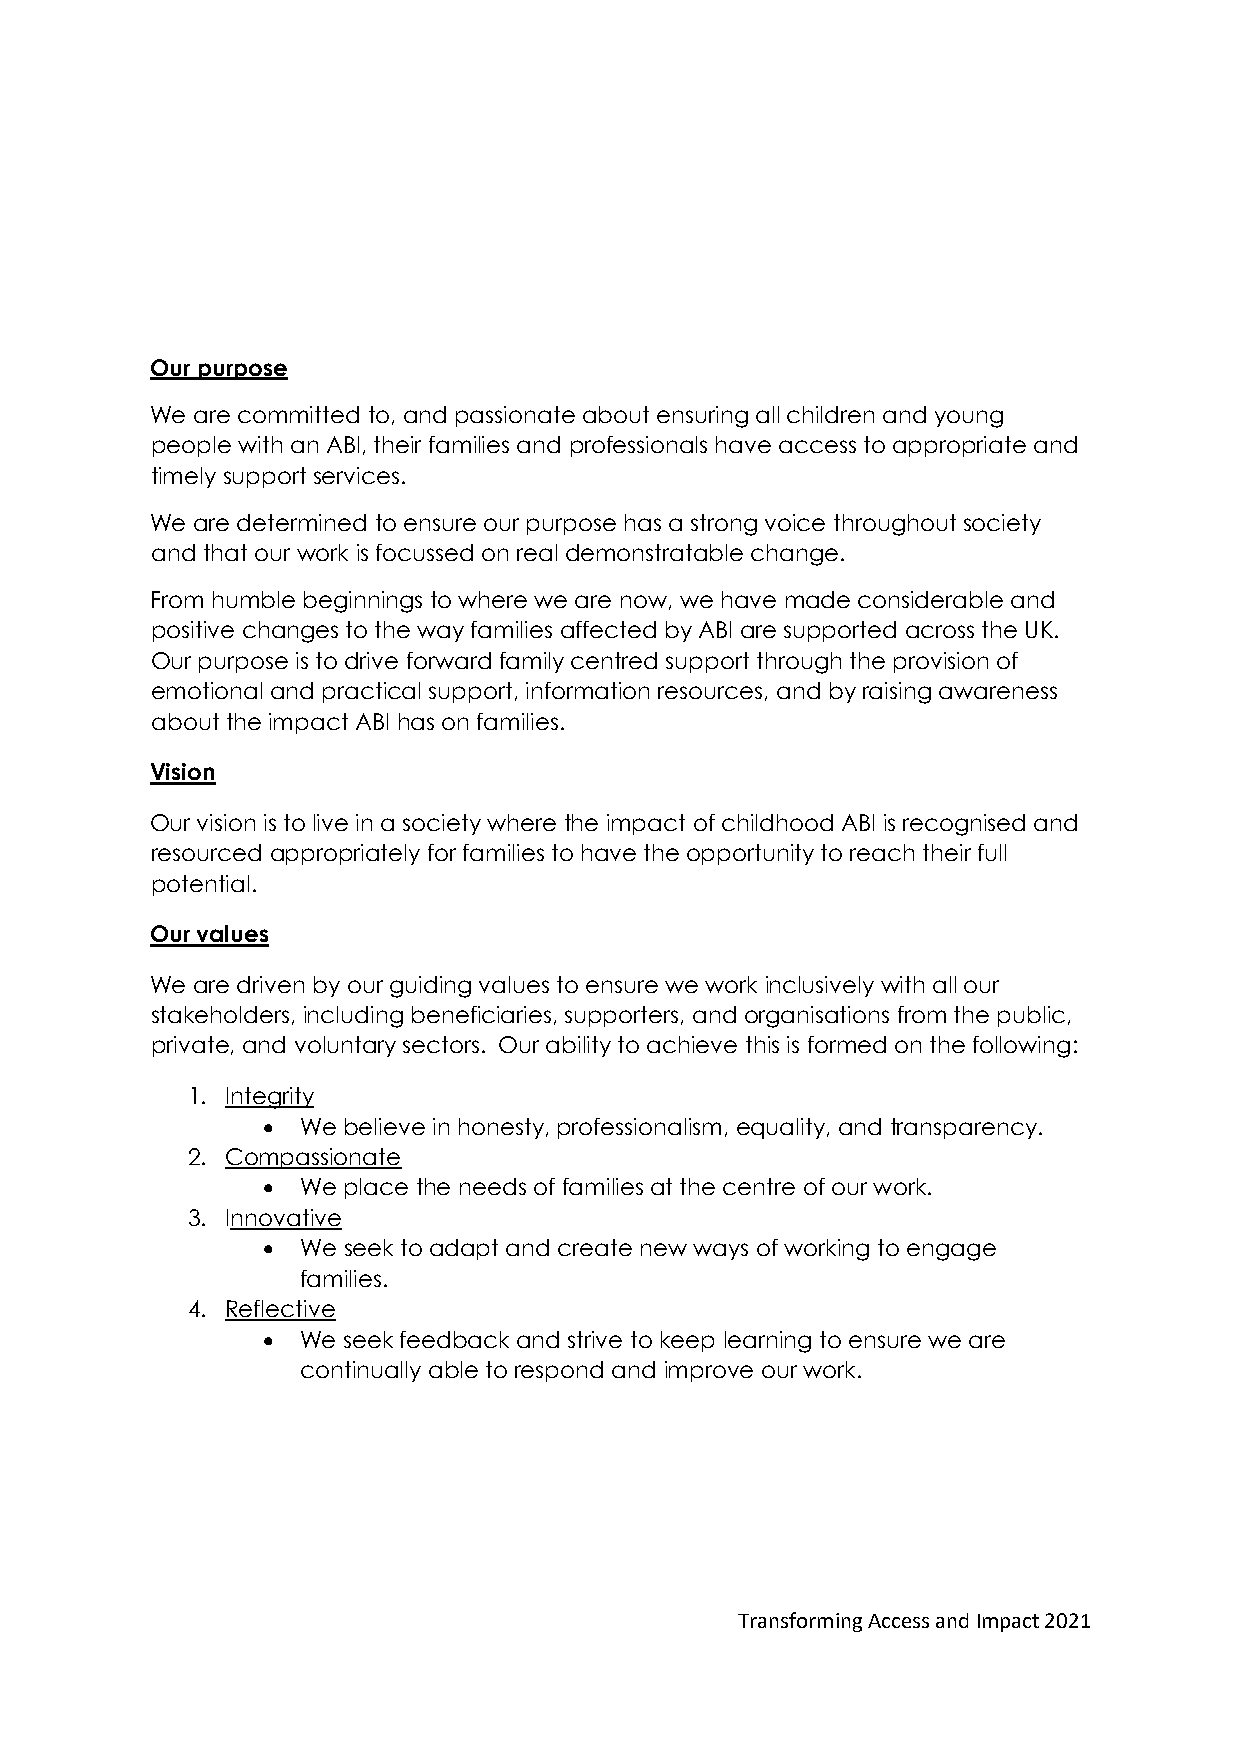
Our purpose
 We are committed to, and passionate about ensuring all children and young
 people with an ABI, their families and professionals have access to appropriate and
 timely support services.
 We are determined to ensure our purpose has a strong voice throughout society
 and that our work is focussed on real demonstratable change.
 From humble beginnings to where we are now, we have made considerable and
 positive changes to the way families affected by ABI are supported across the UK.
 Our purpose is to drive forward family centred support through the provision of
 emotional and practical support, information resources, and by raising awareness
 about the impact ABI has on families.
 Vision
 Our vision is to live in a society where the impact of childhood ABI is recognised and
 resourced appropriately for families to have the opportunity to reach their full
 potential.
 Our values
 We are driven by our guiding values to ensure we work inclusively with all our
 stakeholders, including beneficiaries, supporters, and organisations from the public,
 private, and voluntary sectors. Our ability to achieve this is formed on the following:
 1. Integrity
 •  We believe in honesty, professionalism, equality, and transparency.
 2. Compassionate
 •  We place the needs of families at the centre of our work.
 3. Innovative
 •  We seek to adapt and create new ways of working to engage
 families.
 4. Reflective
 •  We seek feedback and strive to keep learning to ensure we are
 continually able to respond and improve our work.
 Transforming Access and Impact 2021